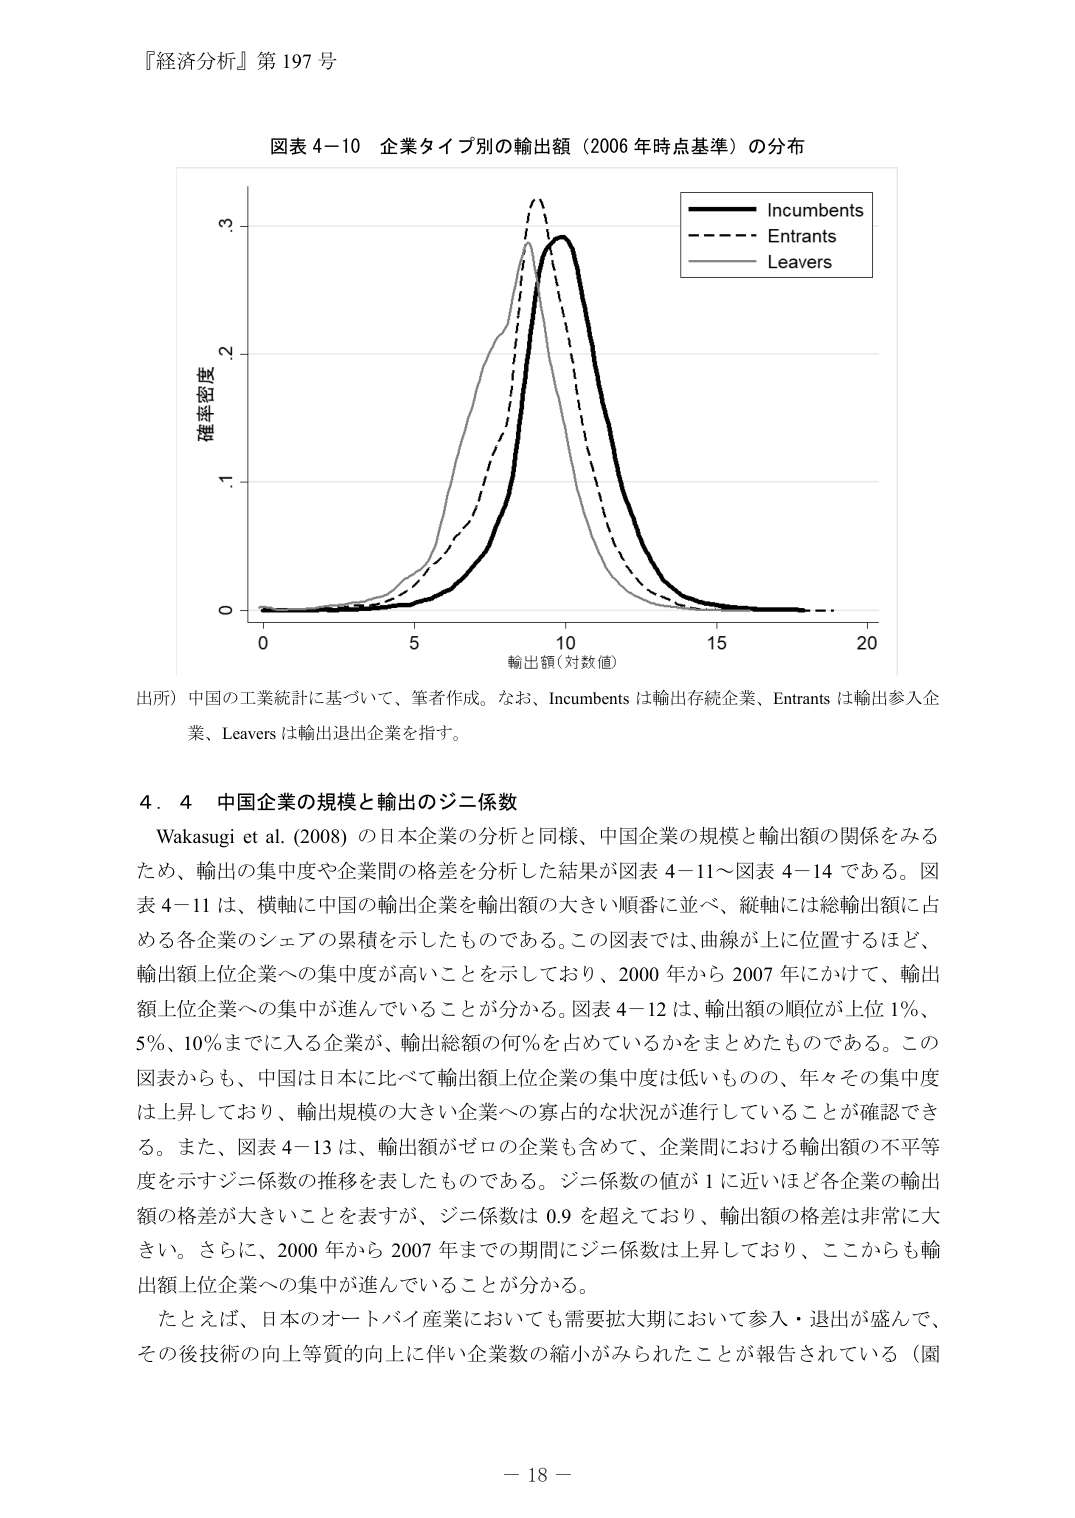
『経済分析』第 197 号

図表 4−10 企業タイプ別の輸出額（2006 年時点基準）の分布

確率密度
0.1.2.3

輸出額（対数値）
0 5 10 15 20

Incumbents
Entrants
Leavers

出所）中国の工業統計に基づいて、筆者作成。なお、Incumbents は輸出存続企業、Entrants は輸出参入企業、Leavers は輸出退出企業を指す。

4．4 中国企業の規模と輸出のジニ係数

Wakasugi et al. (2008) の日本企業の分析と同様、中国企業の規模と輸出額の関係をみるため、輸出の集中度や企業間の格差を分析した結果が図表 4−11～図表 4−14 である。図表 4−11 は、横軸に中国の輸出企業を輸出額の大きい順番に並べ、縦軸には総輸出額に占める各企業のシェアの累積を示したものである。この図表では、曲線が上に位置するほど、輸出額上位企業への集中度が高いことを示しており、2000 年から 2007 年にかけて、輸出額上位企業への集中が進んでいることが分かる。図表 4−12 は、輸出額の順位が上位 1%、5%、10%までに入る企業が、輸出総額の何%を占めているかをまとめたものである。この図表からも、中国は日本に比べて輸出額上位企業の集中度は低いものの、年々その集中度は上昇しており、輸出規模の大きい企業への寡占的な状況が進行していることが確認できる。また、図表 4−13 は、輸出額がゼロの企業も含めて、企業間における輸出額の不平等度を示すジニ係数の推移を表したものである。ジニ係数の値が 1 に近いほど各企業の輸出額の格差が大きいことを表すが、ジニ係数は 0.9 を超えており、輸出額の格差は非常に大きい。さらに、2000 年から 2007 年までの期間にジニ係数は上昇しており、ここからも輸出額上位企業への集中が進んでいることが分かる。

たとえば、日本のオートバイ産業においても需要拡大期において参入・退出が盛んで、その後技術の向上等質的向上に伴い企業数の縮小がみられたことが報告されている（図

－ 18 －